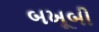
બખૂબી